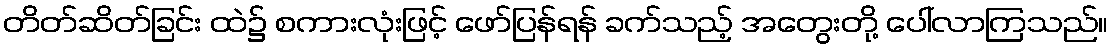
တိတ်ဆိတ်ခြင်း ထဲ၌ စကားလုံးဖြင့် ဖော်ပြန်ရန် ခက်သည့် အတွေးတို့ ပေါ်လာကြသည်။